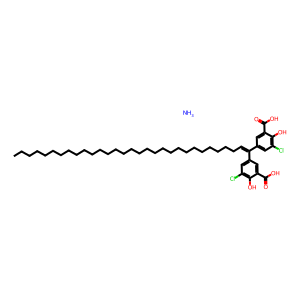
SMILES: CCCCCCCCCCCCCCCCCCCCCCCCCCCCCC=C(c1cc(Cl)c(O)c(C(=O)O)c1)c1cc(Cl)c(O)c(C(=O)O)c1.N
Inhibits HIV replication: Yes